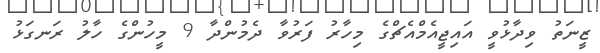
ޒީނަތު ވިދާޅުވީ އައިޖީއެމްއެޗްގެ މިހާރު ފަރުވާ ދެމުންދާ 9 މީހުންގެ ހާލު ރަނގަޅު